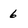
Character: 6